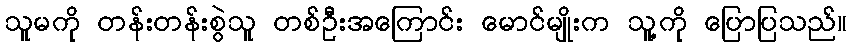
သူမကို တန်းတန်းစွဲသူ တစ်ဦးအကြောင်း မောင်မျိုးက သူ့ကို ပြောပြသည်။